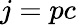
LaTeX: j=pc